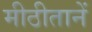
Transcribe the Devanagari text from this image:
मीठीतानें